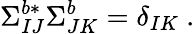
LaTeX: \Sigma_{IJ}^{b*}\Sigma_{JK}^{b}=\delta_{IK}~.